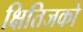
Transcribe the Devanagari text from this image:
क्षितिजको